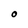
Character: O